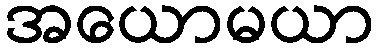
အယောမယာ